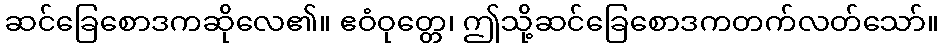
ဆင်ခြေစောဒကဆိုလေ၏။ ဧဝံဝုတ္တေ၊ ဤသို့ဆင်ခြေစောဒကတက်လတ်သော်။